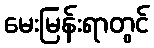
မေးမြန်းရာတွင်